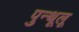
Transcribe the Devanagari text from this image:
पुन्थूलू